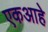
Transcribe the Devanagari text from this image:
एकआहे